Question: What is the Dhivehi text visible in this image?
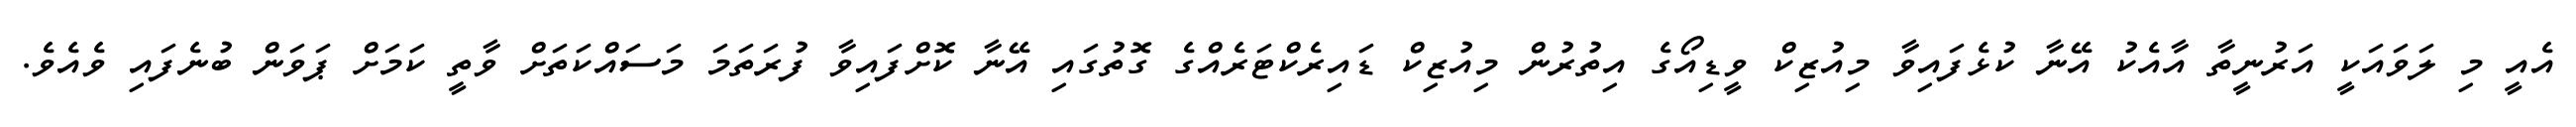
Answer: އެއީ މި ލަވައަކީ އަރުނީތާ އާއެކު އޭނާ ކުޅެފައިވާ މިއުޒިކް ވީޑިއޯގެ އިތުރުން މިއުޒިކް ޑައިރެކްޓަރެއްގެ ގޮތުގައި އޭނާ ކޮށްފައިވާ ފުރަތަމަ މަސައްކަތަށް ވާތީ ކަމަށް ޕަވަން ބުނެފައި ވެއެވެ.